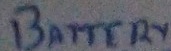
Text: Battery